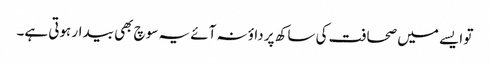
تو ایسے میں صحافت کی ساکھ پر داؤ نہ آئے یہ سوچ بھی بیدار ہوتی ہے۔